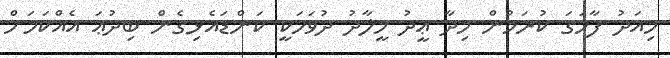
މިއަދު ފާހަގަ ކުރަމުން މިދާ ޢީދު މީލާދު ދުވަހަކީ ކަންޑައެޅިގެން ބިދުޢަ އެއްކަމަށް